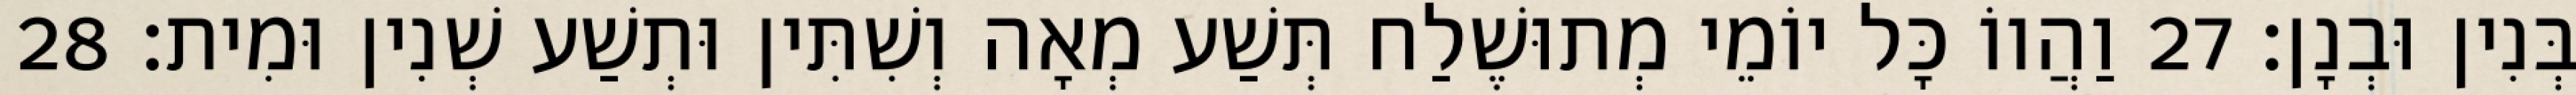
בְּנִין וּבְנָן׃ 27 וַהֲווֹ כָּל יוֹמֵי מְתוּשֶׁלַח תְּשַׁע מְאָה וְשִׁתִּין וּתְשַׁע שְׁנִין וּמִית׃ 28